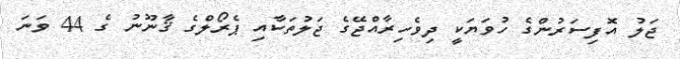
ޖަލު އޮފިސަރުންގެ ހުވަޔަކީ ދިވެހިރާއްޖޭގެ ޖަލުތަކާއި ޕެރޯލްގެ ޤާނޫނު ގެ 44 ވަނަ